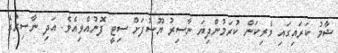
ޝާމު ކަރައިގައި ވެރިކަން ކުރަމުންދިޔަ ނާސިރު ޔޫސުފަށް ސިޓީ ފޮނުއްވިއެވެ. އަދި ނާސިރުގެ